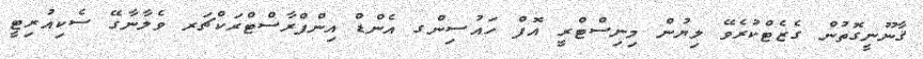
ޤާނޫނީގޮތުން ގެޒެޓްކުރެވޭ ލިޔުން މިނިސްޓްރީ އޮފް ހައުސިންގ އެންޑް އިންފްރާސްޓްރަކްޗަރ ވެލާނާގޭ ސެކިއުރިޓީ